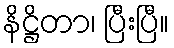
နိဋ္ဌိတာ၊ ပြီးပြီ။